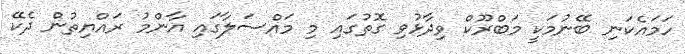
ހަމައެކަނި ބޭނުމަކީ މަބްރޫކް ވިދާޅުވި ގޮތުގައި މި މައްސަލާގައި އާންމު ރައްޔިތުން ދެކޭ